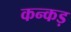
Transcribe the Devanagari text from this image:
कन्कड़